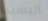
البسيط